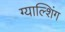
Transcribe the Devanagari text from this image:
ग्याल्शिंग